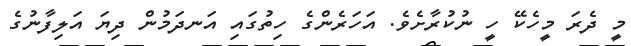
މީ ދެރަ މީހެކޭ ހީ ނުކުރާށެވެ. އަހަރެންގެ ހިތުގައި އަނދަމުން ދިޔަ އަލިފާނުގެ